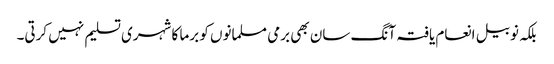
بلکہ نوبیل انعام یافتہ آنگ سان بھی برمی مسلمانوں کو برما کا شہری تسلیم نہیں کرتی۔